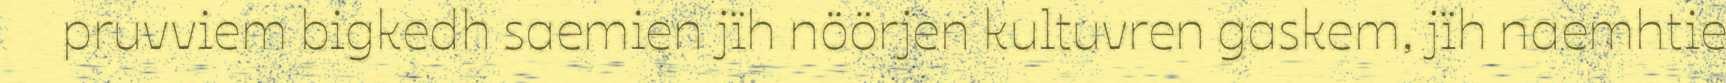
pruvviem bigkedh saemien jïh nöörjen kultuvren gaskem, jïh naemhtie